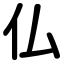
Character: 仏